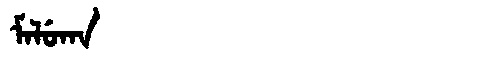
Manchu: ᠮᠠᠯᡠᡴᠠ
Romanization: MALUKA